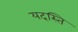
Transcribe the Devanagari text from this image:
यदस्ति